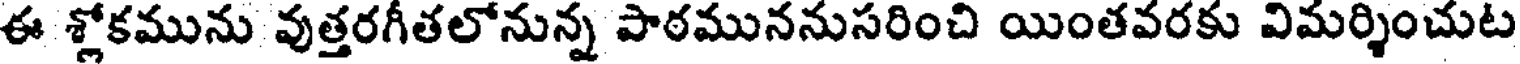
ఈ శ్లోకమును వుత్తరగీతలోనున్న పాఠముననుసరించి యింతవరకు విమర్శించుట